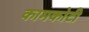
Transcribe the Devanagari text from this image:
कामकोटी